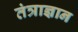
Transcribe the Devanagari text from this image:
तंत्राज्ञान